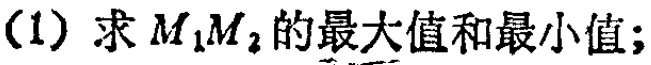
(1) 求 \(M_1M_2\) 的最大值和最小值；